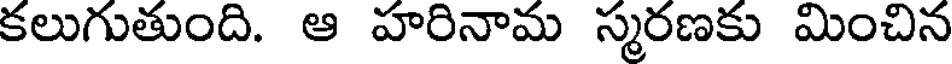
కలుగుతుంది. ఆ హరినామ స్మరణకు మించిన